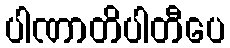
ပါဏာတိပါတီပေ